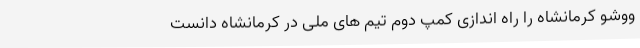
ووشو کرمانشاه را راه اندازی کمپ دوم تیم های ملی در کرمانشاه دانست